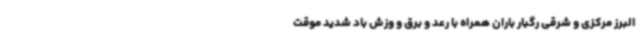
البرز مرکزی و شرقی رگبار باران همراه با رعد و برق و وزش باد شدید موقت